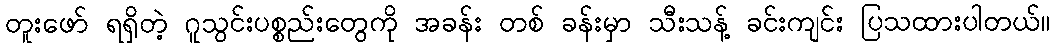
တူးဖော် ရရှိတဲ့ ဂူသွင်းပစ္စည်းတွေကို အခန်း တစ် ခန်းမှာ သီးသန့် ခင်းကျင်း ပြသထားပါတယ်။